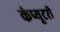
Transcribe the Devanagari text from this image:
कंप्यूटरी